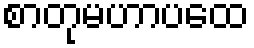
စာတုမဟာပထေ